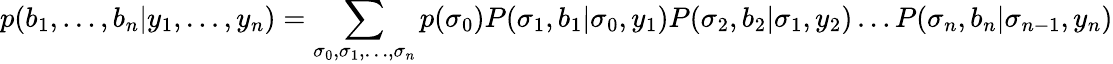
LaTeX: p(b_{1},\ldots,b_{n}|y_{1},\ldots,y_{n})=\sum_{\sigma_{0},\sigma_{1},\ldots,\sigma_{n}}p(\sigma_{0})P(\sigma_{1},b_{1}|\sigma_{0},y_{1})P(\sigma_{2},b_{2}|\sigma_{1},y_{2})\ldots P(\sigma_{n},b_{n}|\sigma_{n-1},y_{n})